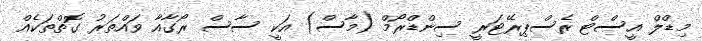
މިޑްލް އީސްޓް ރެސްޕިރޭޓަރީ ސިންޑްރޯމް (މާސް) އަކީ ސާސް ރޯގާއާ ވައްތަރު ގޮތްތަކެއް